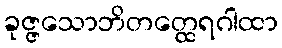
ခုဇ္ဇသောဘိတတ္ထေရဂါထာ